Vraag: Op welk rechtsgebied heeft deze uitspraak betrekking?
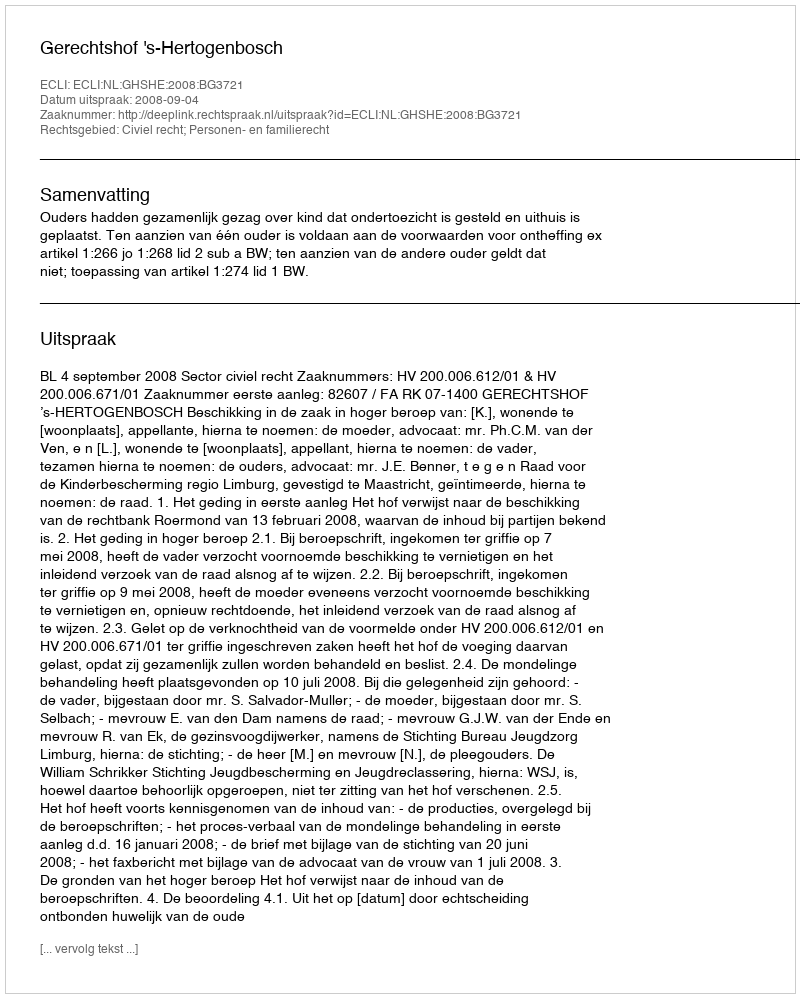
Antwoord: Civiel recht; Personen- en familierecht